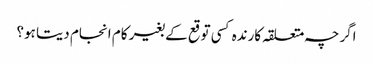
اگرچہ متعلقہ کارندہ کسی توقع کے بغیر کام انجام دیتا ہو؟